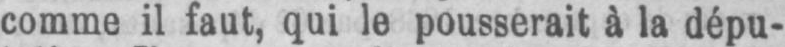
comme il faut, qui le pousserait à la dépu-